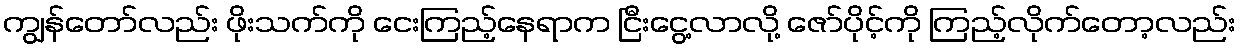
ကျွန်တော်လည်း ဖိုးသက်ကို ငေးကြည့်နေရာက ငြီးငွေ့လာလို့ ဇော်ပိုင့်ကို ကြည့်လိုက်တော့လည်း